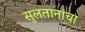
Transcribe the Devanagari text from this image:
सुलतानांचा